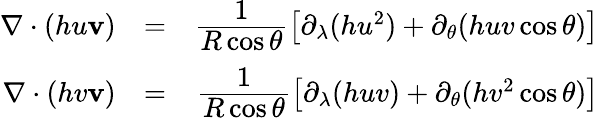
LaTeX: \begin{array}{rlr}{\nabla\cdot(hu\mathbf{v})}&{=}&{\cfrac{1}{R\cos\theta}\left[\partial_{\lambda}(hu^{2})+\partial_{\theta}(huv\cos\theta)\right]}\\ {\nabla\cdot(hv\mathbf{v})}&{=}&{\cfrac{1}{R\cos\theta}\left[\partial_{\lambda}(huv)+\partial_{\theta}(hv^{2}\cos\theta)\right]}\end{array}